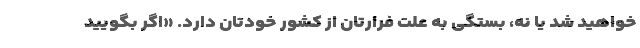
خواهید شد یا نه، بستگی به علت فرارتان از کشور خودتان دارد. «اگر بگویید